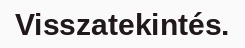
Visszatekintés.